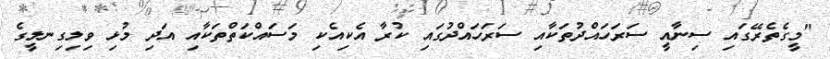
"މީގެތެރޭގައި ސިނާއީ ސަރަހައްދުތަކާއި ސަރަހައްދުގައި ކުރާ އެކިއެކި މަސައްކަތްތަކާއި އަދި މުޅި ވިލިގިނލީގެ